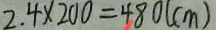
2 . 4 \times 2 0 0 = 4 8 0 ( c m )